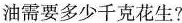
油需要多少千克花生？